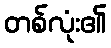
တစ်လုံး၏